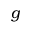
g